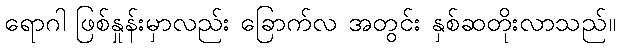
ရောဂါ ဖြစ်နှုန်းမှာလည်း ခြောက်လ အတွင်း နှစ်ဆတိုးလာသည်။